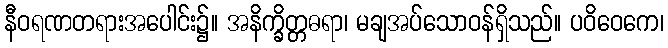
နီဝရဏတရားအပေါင်း၌။ အနိက္ခိတ္တဓရာ၊ မချအပ်သောဝန်ရှိသည်။ ပဝိဝေကေ၊